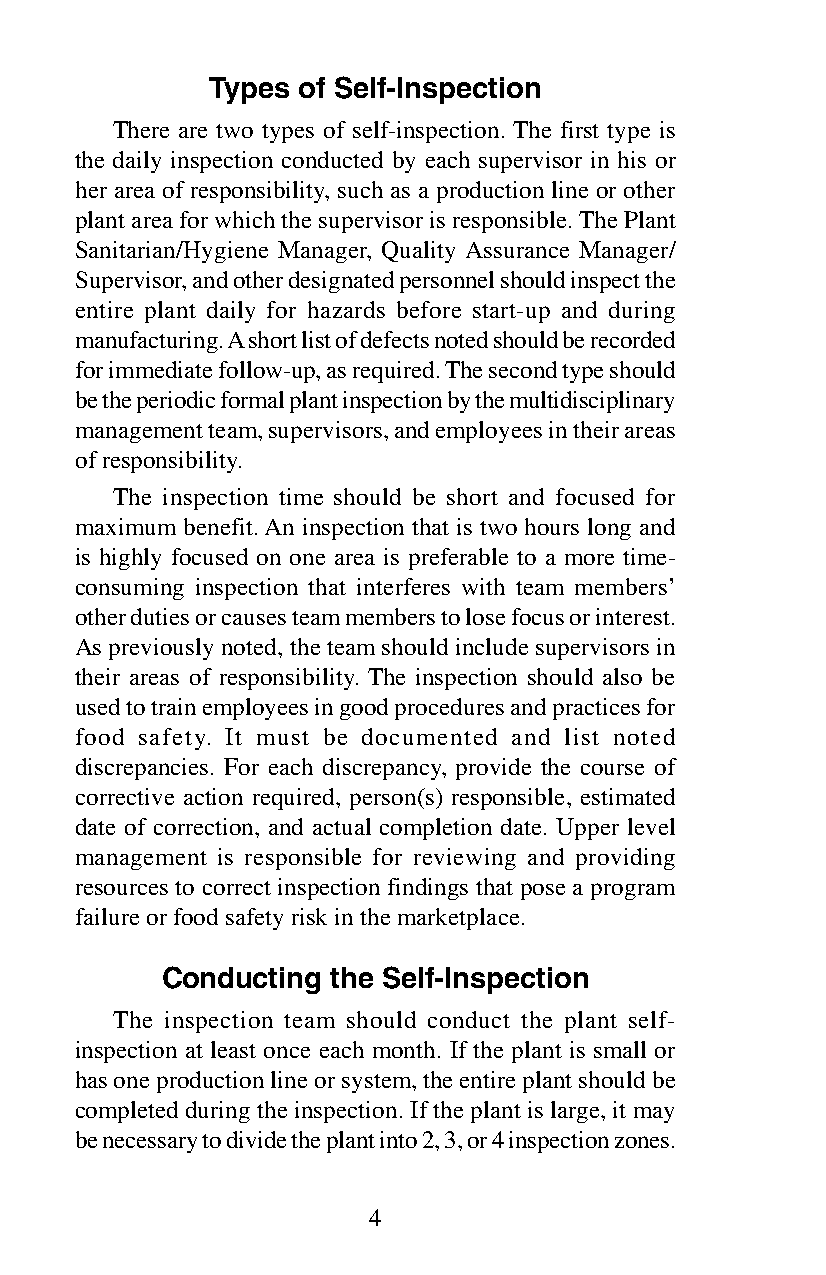
Types of Self-Inspection
 There are two types of self-inspection. The first type is
 the daily inspection conducted by each supervisor in his or
 her area of responsibility, such as a production line or other
 plant area for which the supervisor is responsible. The Plant
 Sanitarian/Hygiene Manager, Quality Assurance Manager/
 Supervisor, and other designated personnel should inspect the
 entire plant daily for hazards before start-up and during
 manufacturing. A short list of defects noted should be recorded
 for immediate follow-up, as required. The second type should
 be the periodic formal plant inspection by the multidisciplinary
 management team, supervisors, and employees in their areas
 of responsibility.
 The inspection time should be short and focused for
 maximum benefit. An inspection that is two hours long and
 is highly focused on one area is preferable to a more time-
 consuming inspection that interferes with team members’
 other duties or causes team members to lose focus or interest.
 As previously noted, the team should include supervisors in
 their areas of responsibility. The inspection should also be
 used to train employees in good procedures and practices for
 food safety. It must be documented and list noted
 discrepancies. For each discrepancy, provide the course of
 corrective action required, person(s) responsible, estimated
 date of correction, and actual completion date. Upper level
 management is responsible for reviewing and providing
 resources to correct inspection findings that pose a program
 failure or food safety risk in the marketplace.
 Conducting the Self-Inspection
 The inspection team should conduct the plant self-
 inspection at least once each month. If the plant is small or
 has one production line or system, the entire plant should be
 completed during the inspection. If the plant is large, it may
 be necessary to divide the plant into 2, 3, or 4 inspection zones.
 4